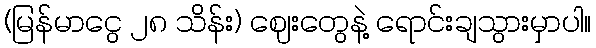
(မြန်မာငွေ ၂၈ သိန်း) ဈေးတွေနဲ့ ရောင်းချသွားမှာပါ။